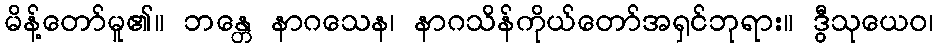
မိန့်တော်မူ၏။ ဘန္တေ နာဂသေန၊ နာဂသိန်ကိုယ်တော်အရှင်ဘုရား။ ဒွီသုယေဝ၊